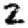
Digit: 2